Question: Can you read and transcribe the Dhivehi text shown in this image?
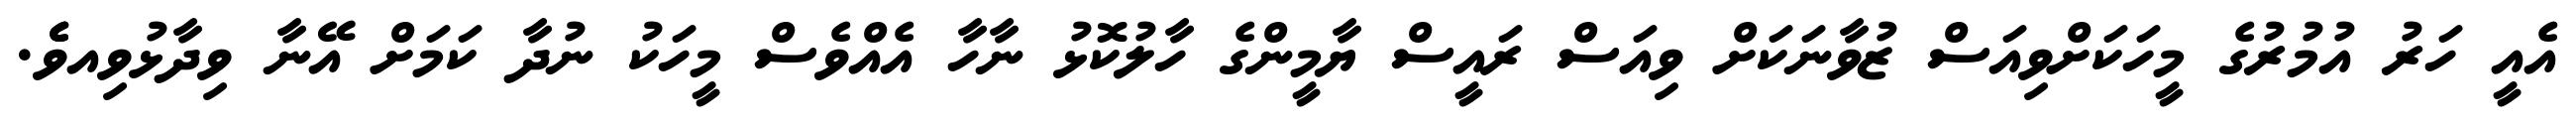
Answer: އެއީ ހަރު އުމުރުގެ މީހަކަށްވިއަސް ޒުވާނަކަށް ވިއަސް ރައީސް ޔާމީންގެ ހާލުކޮޅު ނާހާ އެއްވެސް މީހަކު ނުދާ ކަމަށް އޭނާ ވިދާޅުވިއވެެ.